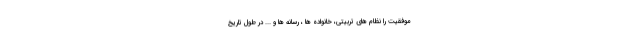
موفقیت را نظام های تربیتی، خانواده ها ، رسانه ها و ... در طول تاریخ